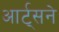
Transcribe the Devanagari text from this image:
आर्ट्‌सने